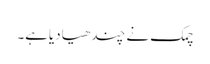
چمک نے چندھیادیاہے۔